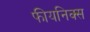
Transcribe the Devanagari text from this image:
फीयनिक्स